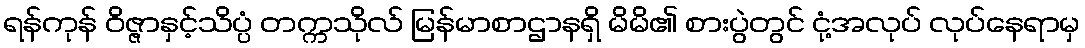
ရန်ကုန် ဝိဇ္ဇာနှင့်သိပ္ပံ တက္ကသိုလ် မြန်မာစာဌာနရှိ မိမိ၏ စားပွဲတွင် ငုံ့အလုပ် လုပ်နေရာမှ